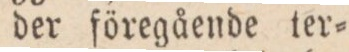
der föregående ter=